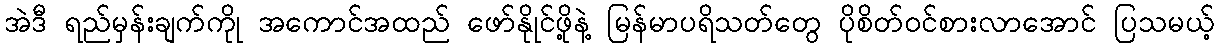
အဲဒီ ရည်မှန်းချက်ကိုု အကောင်အထည် ဖော်နိုုင်ဖို့နဲ့ မြန်မာပရိသတ်တွေ ပိုစိတ်ဝင်စားလာအောင် ပြသမယ့်